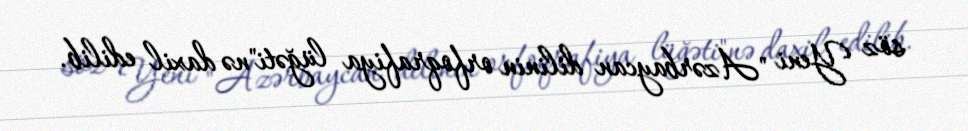
söz Yeni "Azərbaycan dilinin orfoqrafiya lüğəti"nə daxil edilib.